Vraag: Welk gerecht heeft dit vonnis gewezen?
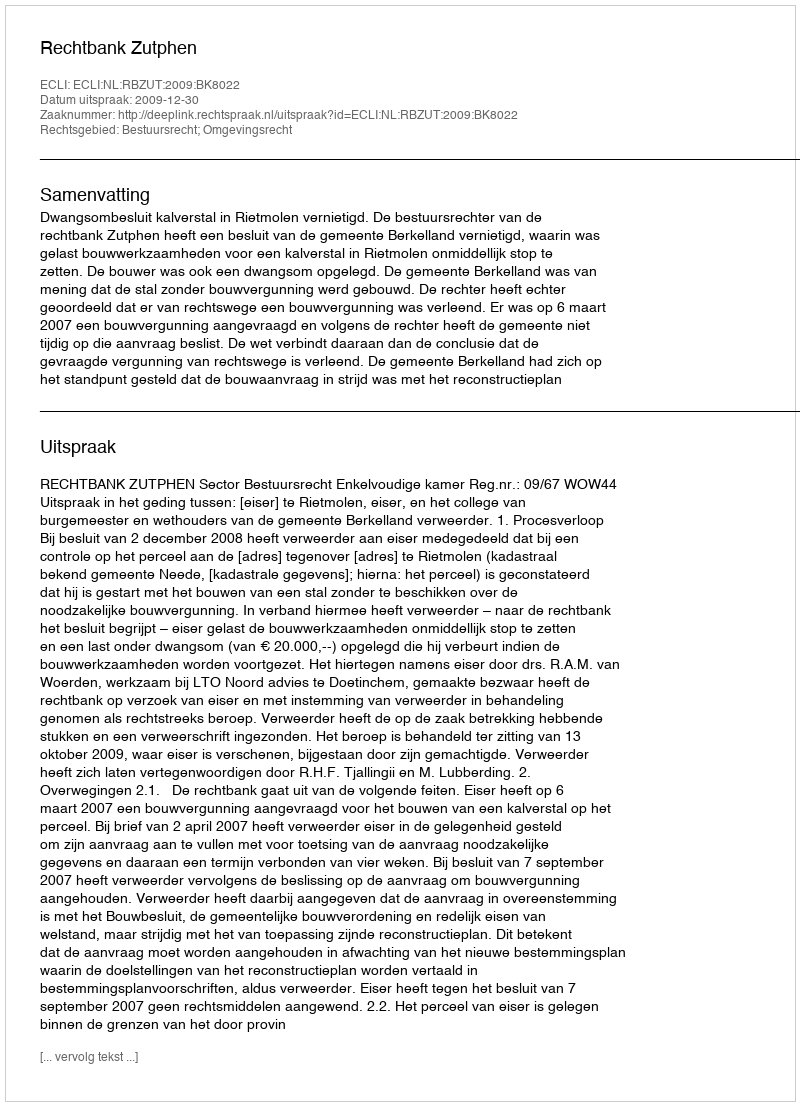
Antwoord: Rechtbank Zutphen